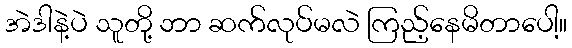
အဲဒါနဲ့ပဲ သူတို့ ဘာ ဆက်လုပ်မလဲ ကြည့်နေမိတာပေါ့။